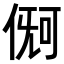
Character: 𪝏